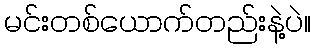
မင်းတစ်ယောက်တည်းနဲ့ပဲ။